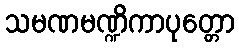
သမဏမဏ္ဍိကာပုတ္တော